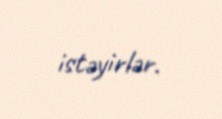
istəyirlər.